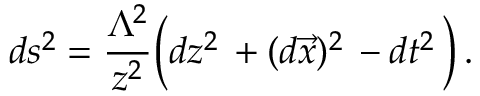
d s ^ { 2 } = \frac { \Lambda ^ { 2 } } { z ^ { 2 } } \Big ( d z ^ { 2 } \, + ( d \vec { x } ) ^ { 2 } \, - d t ^ { 2 } \, \Big ) \, .